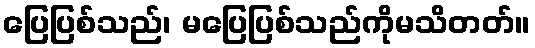
ပြေပြစ်သည်၊ မပြေပြစ်သည်ကိုမသိတတ်။